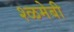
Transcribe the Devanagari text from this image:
श्ळमेबी